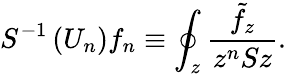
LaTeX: S^{-1}\left(U_{n}\right)f_{n}\equiv\oint_{z}\frac{\tilde{f}_{z}}{z^{n}Sz}.